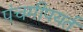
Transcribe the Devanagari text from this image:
पंचमीपयर्त